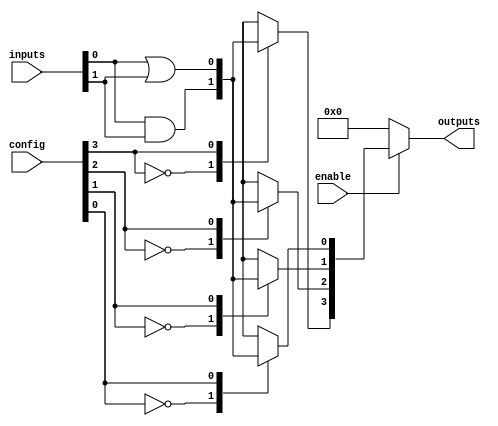
module combinational_logic_block (
    input wire [3:0] inputs,                // 4-bit input signals
    input wire [3:0] config,                // Configuration signals for LUTs
    input wire enable,                       // Enable signal for outputs
    output reg [3:0] outputs                // 4-bit output signals
);

    // Internal signals
    wire [3:0] lut_outputs;                 // Outputs from LUTs
    wire [3:0] selected_inputs;             // Selected inputs for LUTs

    // Configuration memory (for LUTs)
    reg [15:0] lut_memory [0:3];            // 4 LUTs with 16 configurations each

    // LUT implementation
    generate
        genvar i;
        for (i = 0; i < 4; i = i + 1) begin : lut
            always @(*) begin
                case (config[i])
                    4'b0000: lut_outputs[i] = selected_inputs[0] & selected_inputs[1]; // AND
                    4'b0001: lut_outputs[i] = selected_inputs[0] | selected_inputs[1]; // OR
                    4'b0010: lut_outputs[i] = ~selected_inputs[0];                     // NOT
                    4'b0011: lut_outputs[i] = selected_inputs[0] ^ selected_inputs[1]; // XOR
                    // Add more configurations as needed
                    default: lut_outputs[i] = 1'b0; // Default case
                endcase
            end
        end
    endgenerate

    // Interconnection network (simple example)
    assign selected_inputs = inputs; // Directly connecting inputs to LUTs for simplicity

    // Control logic to enable outputs
    always @(*) begin
        if (enable) begin
            outputs = lut_outputs; // Output the results from LUTs if enabled
        end else begin
            outputs = 4'b0000; // Output zero if not enabled
        end
    end

    // Configuration memory initialization (example values)
    initial begin
        lut_memory[0] = 16'b0000000000000000; // LUT0 configurations
        lut_memory[1] = 16'b0000000000000001; // LUT1 configurations
        lut_memory[2] = 16'b0000000000000010; // LUT2 configurations
        lut_memory[3] = 16'b0000000000000011; // LUT3 configurations
    end

endmodule